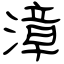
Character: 漳